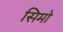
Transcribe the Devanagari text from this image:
सिमो